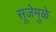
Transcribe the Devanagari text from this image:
सूजेमुळे